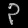
Digit: ၃